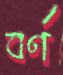
বর্ণ